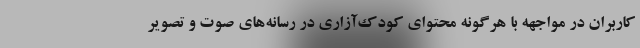
کاربران در مواجهه با هرگونه محتوای کودک‌آزاری در رسانه‌های صوت و تصویر